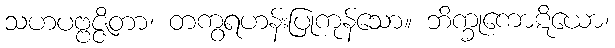
သဟပဗ္ဗဇ္ဇိတာ၊ တကွရဟန်းပြုကုန်သော။ ဘိက္ခုကောဋိယော၊